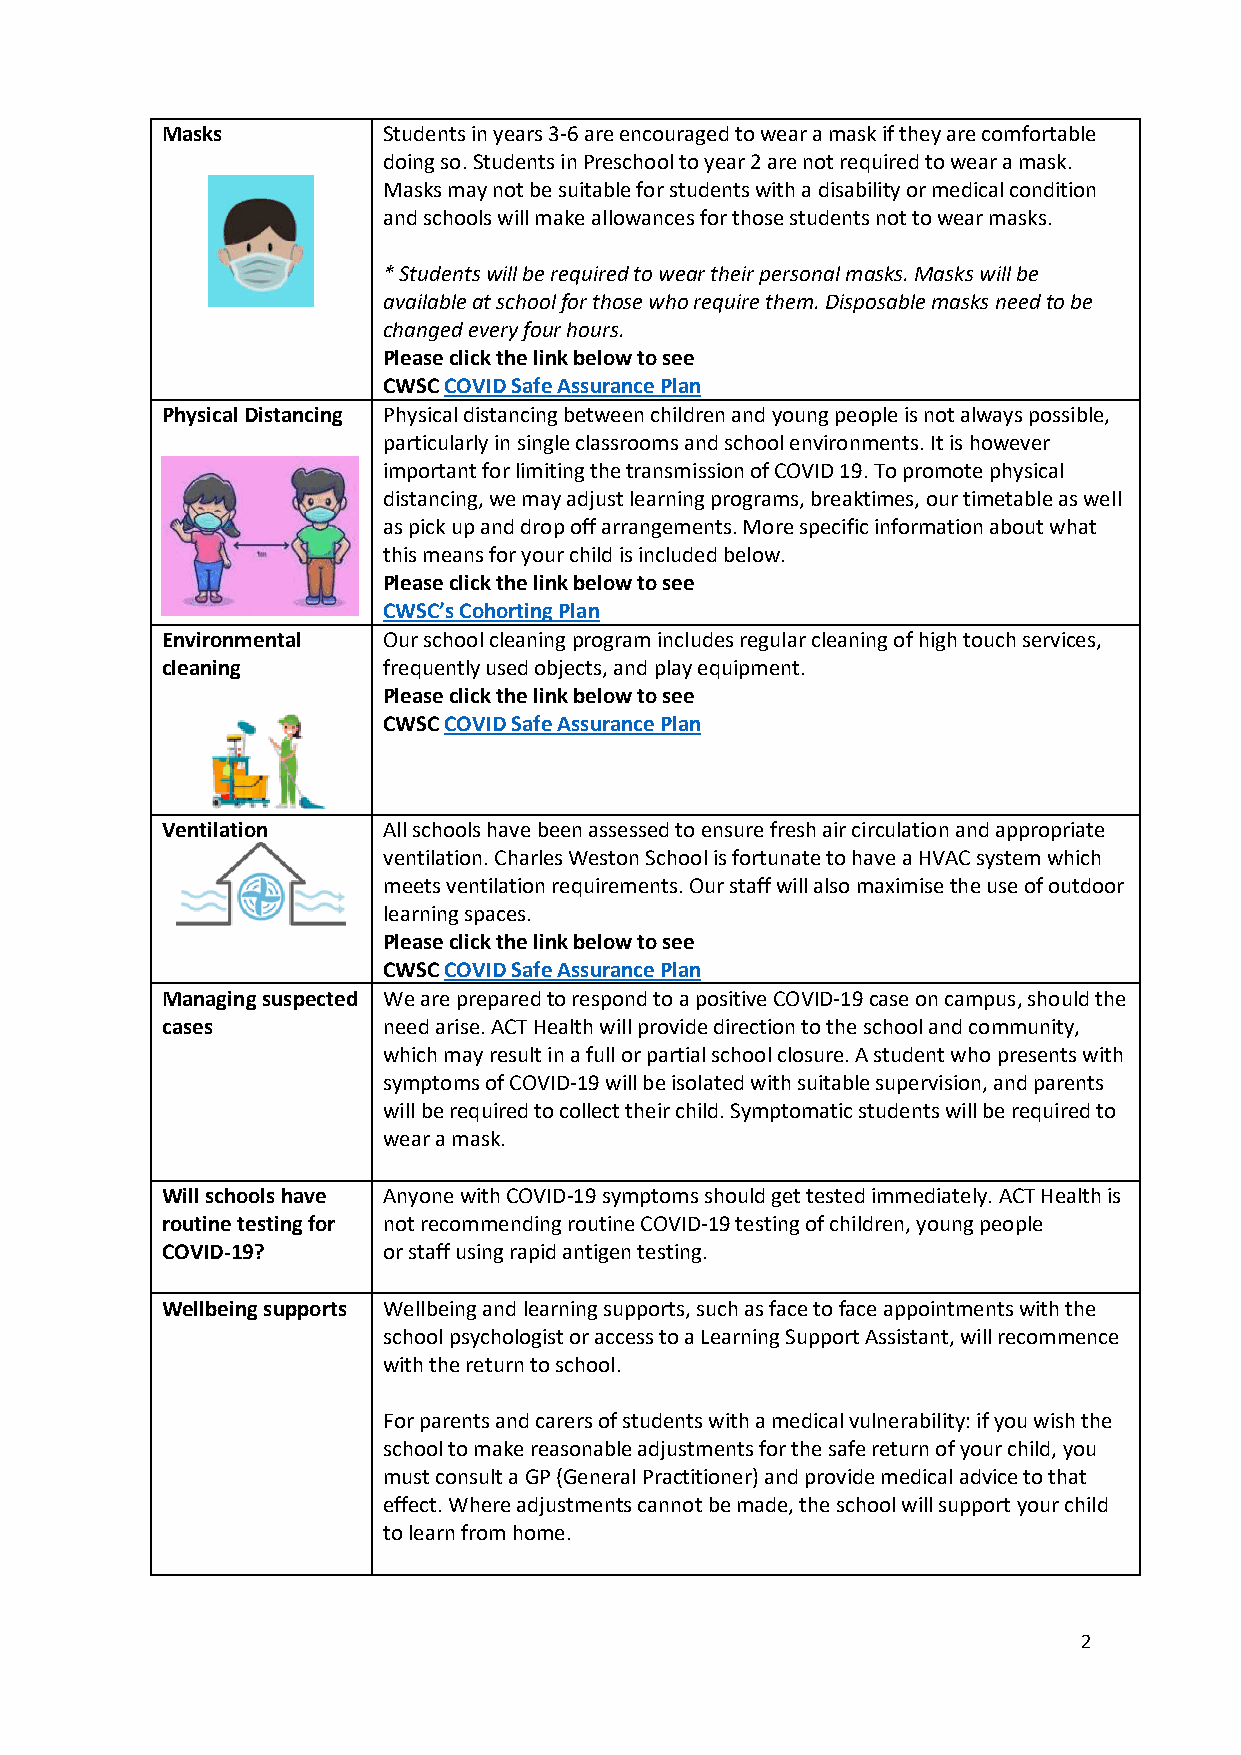
Masks         Students in years 3-6 are encouraged to wear a mask if they are comfortable
 doing so. Students in Preschool to year 2 are not required to wear a mask.
 Masks may not be suitable for students with a disability or medical condition
 and schools will make allowances for those students not to wear masks.
 * Students will be required to wear their personal masks. Masks will be
 available at school for those who require them. Disposable masks need to be
 changed every four hours.
 Please click the link below to see
 CWSC COVID Safe Assurance Plan
 Physical Distancing Physical distancing between children and young people is not always possible,
 particularly in single classrooms and school environments. It is however
 important for limiting the transmission of COVID 19. To promote physical
 distancing, we may adjust learning programs, breaktimes, our timetable as well
 as pick up and drop off arrangements. More specific information about what
 this means for your child is included below.
 Please click the link below to see
 CWSC’s Cohorting Plan
 Environmental Our school cleaning program includes regular cleaning of high touch services,
 cleaning      frequently used objects, and play equipment.
 Please click the link below to see
 CWSC COVID Safe Assurance Plan
 Ventilation   All schools have been assessed to ensure fresh air circulation and appropriate
 ventilation. Charles Weston School is fortunate to have a HVAC system which
 meets ventilation requirements. Our staff will also maximise the use of outdoor
 learning spaces.
 Please click the link below to see
 CWSC COVID Safe Assurance Plan
 Managing suspected We are prepared to respond to a positive COVID-19 case on campus, should the
 cases         need arise. ACT Health will provide direction to the school and community,
 which may result in a full or partial school closure. A student who presents with
 symptoms of COVID-19 will be isolated with suitable supervision, and parents
 will be required to collect their child. Symptomatic students will be required to
 wear a mask.
 Will schools have Anyone with COVID-19 symptoms should get tested immediately. ACT Health is
 routine testing for not recommending routine COVID-19 testing of children, young people
 COVID-19?     or staff using rapid antigen testing.
 Wellbeing supports Wellbeing and learning supports, such as face to face appointments with the
 school psychologist or access to a Learning Support Assistant, will recommence
 with the return to school.
 For parents and carers of students with a medical vulnerability: if you wish the
 school to make reasonable adjustments for the safe return of your child, you
 must consult a GP (General Practitioner) and provide medical advice to that
 effect. Where adjustments cannot be made, the school will support your child
 to learn from home.
 2